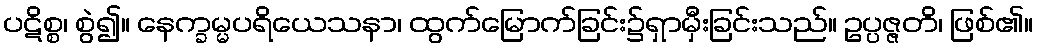
ပဋိစ္စ၊ စွဲ၍။ နေက္ခမ္မပရိယေသနာ၊ ထွက်မြောက်ခြင်း၌ရှာမှီးခြင်းသည်။ ဥပ္ပဇ္ဇတိ၊ ဖြစ်၏။